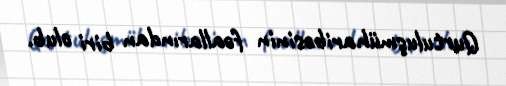
Qurtuluşmüharibəsinin fəallarından biri olub.